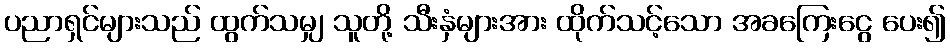
ပညာရှင်များသည် ထွက်သမျှ သူတို့ သီးနှံများအား ထိုက်သင့်သော အခကြေးငွေ ပေး၍